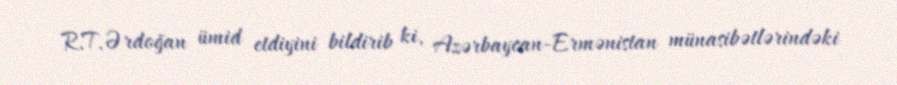
R.T.Ərdoğan ümid etdiyini bildirib ki, Azərbaycan-Ermənistan münasibətlərindəki